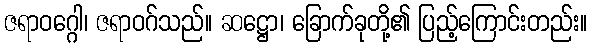
ဇရာဝဂ္ဂေါ၊ ဇရာဝဂ်သည်။ ဆဋ္ဌော၊ ခြောက်ခုတို့၏ ပြည့်ကြောင်းတည်း။